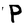
Character: P